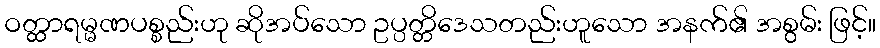
ဝတ္ထာရမ္မဏပစ္စည်းဟု ဆိုအပ်သော ဥပ္ပတ္တိဒေသတည်းဟူသော အနက်၏ အစွမ်း ဖြင့်။